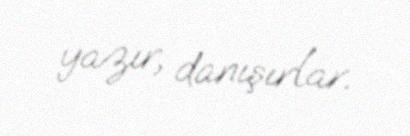
yazır, danışırlar.